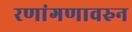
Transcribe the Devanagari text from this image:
रणांगणावरुन